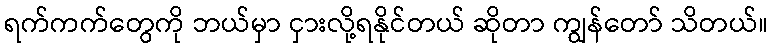
ရက်ကက်တွေကို ဘယ်မှာ ငှားလို့ရနိုင်တယ် ဆိုတာ ကျွန်တော် သိတယ်။